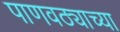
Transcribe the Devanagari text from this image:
पाणवठ्याच्या